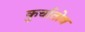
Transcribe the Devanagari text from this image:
कुर्चातोव